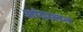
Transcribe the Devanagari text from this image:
आंदालन